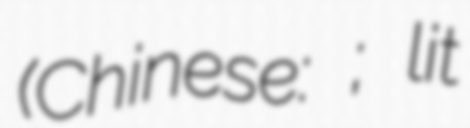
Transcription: (Chinese: 李七庄南站; lit